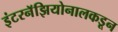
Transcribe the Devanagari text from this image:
इंटरनॅझियोनालकडून